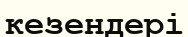
кезендері